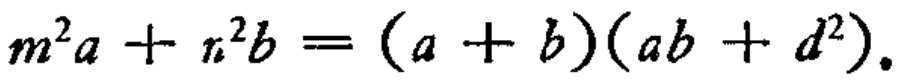
\(m^{2}a + n^{2}b = (a + b)(ab + d^{2})\)